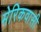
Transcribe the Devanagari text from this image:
मेरिकवासी